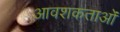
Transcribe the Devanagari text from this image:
आवशकताओं